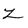
Character: Z